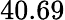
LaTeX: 40.69